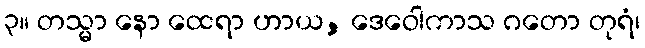
၃။ တသ္မာ နော ထေရာ ဟာယ, ဒေဝေါကာသ ဂတော တုရံ၊